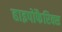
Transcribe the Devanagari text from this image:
हाइपोफैरिक्स